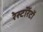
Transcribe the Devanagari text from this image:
रेस्टॉरेंटों